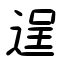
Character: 逞